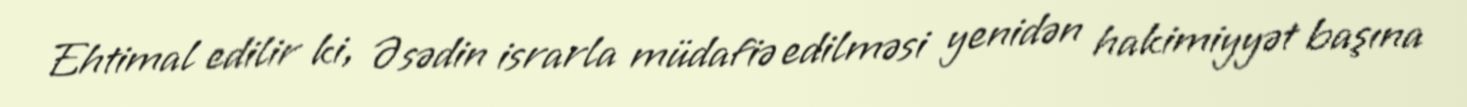
Ehtimal edilir ki, Əsədin israrla müdafiə edilməsi yenidən hakimiyyət başına